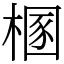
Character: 㮯